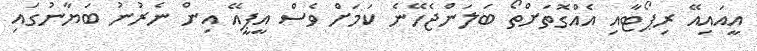
އީއައިއޭ ރިޕޯޓާއި އެއްގޮތަށްތޯ ބަލަންޖެހޭނެ ކަމަށް ވެސް އީޕީއޭ އިން ނެރުނު ބަޔާނުގައި